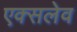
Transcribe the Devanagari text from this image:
एक्सलेव